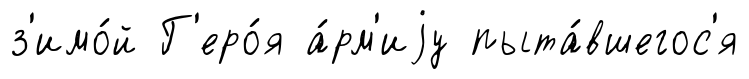
з'имо́й Г'еро́я а́рм'иjу пыта́вшегос'я